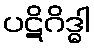
ပဋိဂိဒ္ဓါ